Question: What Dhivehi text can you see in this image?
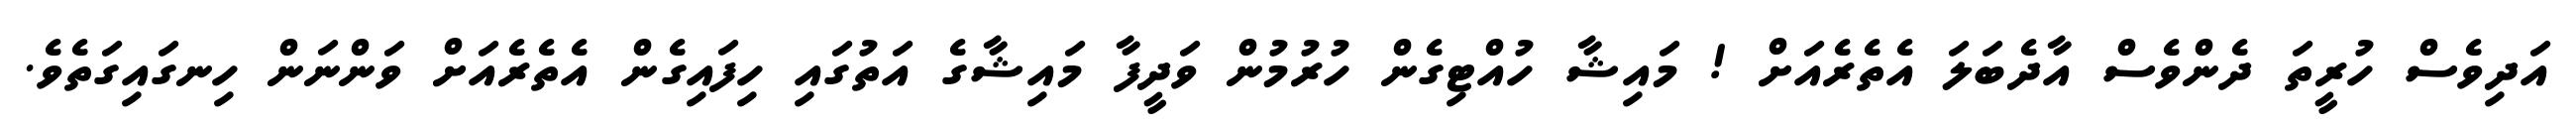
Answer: އަދިވެސް ހުރީތަ ދެންވެސް އާދެބަލަ އެތެރެއަށް ! މައިޝާ ހުއްޓިގެން ހުރުމުން ވަދީފާ މައިޝާގެ އަތުގައި ހިފައިގެން އެތެރެއަށް ވަންނަން ހިނގައިގަތެވެ.